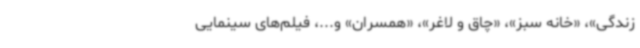
زندگی»، «خانه سبز»، «چاق و لاغر»، «همسران» و...، فیلم‌های سینمایی